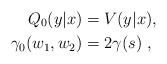
LaTeX: \begin{align*}Q_0(y|x) &= V(y|x) ,\\\gamma_0(w_1,w_2) &= 2 \gamma (s) \ ,\end{align*}